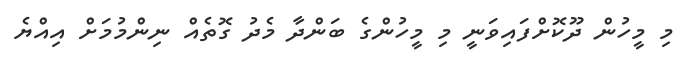
މި މީހުން ދޫކޮށްފައިވަނީ މި މީހުންގެ ބަންދާ މެދު ގޮތެއް ނިންމުމަށް އިއްޔެ